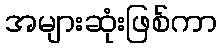
အများဆုံးဖြစ်ကာ